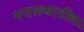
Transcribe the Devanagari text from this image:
मसाल्यातील